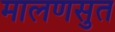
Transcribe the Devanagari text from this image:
मालणसुत